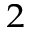
_ 2